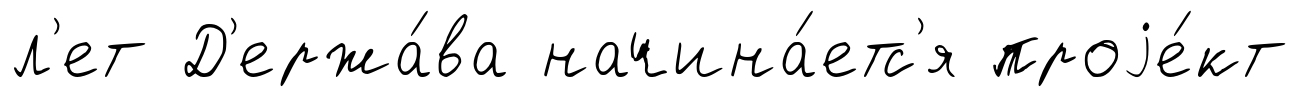
л'ет Д'ержа́ва начина́етс'я проjе́кт